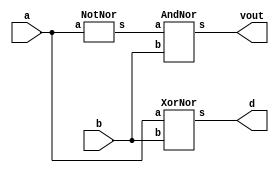
module Exercicio04(vout, d, a, b);
	output vout, d;
	input a, b;
	wire t1;
	XorNor XOR1 (d, a, b);
	NotNor NOT1 (t1, a);
	AndNor AND1 (vout, t1, b);
endmodule

module AndNor(s, a, b);
	output s;
	input a, b;
	wire t1, t2;
	nor NOR1 (t1, a, a);
	nor NOR2 (t2, b, b);
	nor NOR3 (s, t1, t2);
endmodule

module XorNor(s, a, b);
	output s;
	input a, b;
	wire t1, t2, t3, t4;
	nor NOR4 (t1, a, a);
	nor NOR5 (t2, b, b);
	nor NOR7 (t3, a, b);
	nor NOR8 (t4, t1, t2);
	nor NOR9 (s, t3, t4);
endmodule

module NotNor(s, a);
	output s;
	input a;
	nor NOR10 (s, a, a);
endmodule

module testeExercicio04;
	reg a, b;
	wire vout, d;

	Exercicio04 HALFSUBTRACTOR(vout, d, a, b);

	initial begin
		a = 0;
		b = 0;
	end

	initial begin

		$display("Exercicio 04 - Douglas Borges - 417889");
		$display("Circuito Meio-Diferenciador com portas NOR\n");

		#1 $display("  a - b = Vout Dif");
		#1 $monitor("  %d   %d    %d    %d", a, b, vout, d);

		#1 a = 0; b = 1;
		#1 a = 1; b = 0;
		#1 a = 1; b = 1;

	end

/*
Exercicio 04 - Douglas Borges - 417889
Circuito Meio-Diferenciador com portas NOR

  a - b = Vout Dif
  0   0    0    0
  0   1    1    1
  1   0    0    1
  1   1    0    0
*/

endmodule